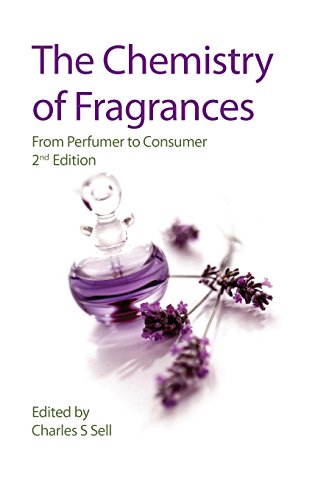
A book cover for The Chemistry of Fragrances: From Perfumer to Consumer (RSC Paperbacks); Medical Books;